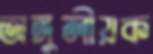
অঙ্গুলীয়ক